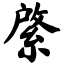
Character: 綮